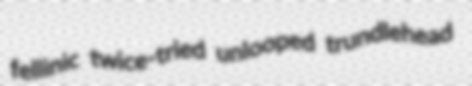
fellinic twice-tried unlooped trundlehead